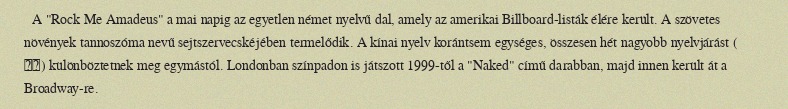
A "Rock Me Amadeus" a mai napig az egyetlen német nyelvű dal, amely az amerikai Billboard-listák élére került. A szövetes növények tannoszóma nevű sejtszervecskéjében termelődik. A kínai nyelv korántsem egységes, összesen hét nagyobb nyelvjárást ( 方言) különböztetnek meg egymástól. Londonban színpadon is játszott 1999-től a "Naked" című darabban, majd innen került át a Broadway-re.